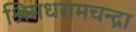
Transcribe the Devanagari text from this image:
श्रिमधरामचन्द्रा